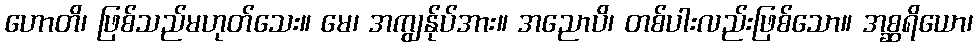
ဟောတိ၊ ဖြစ်သည်မဟုတ်သေး။ မေ၊ အကျွန်ုပ်အား။ အညောပိ၊ တစ်ပါးလည်းဖြစ်သော။ အစ္ဆရိယော၊